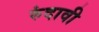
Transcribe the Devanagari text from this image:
रुंदावी